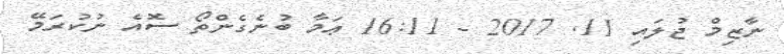
ނާޒިމް ޖުލައި 11